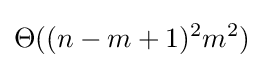
\Theta ((n-m+1)^{2}m^{2})